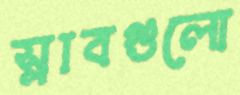
স্লাবগুলো